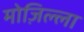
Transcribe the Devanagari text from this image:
मोज़िल्ला